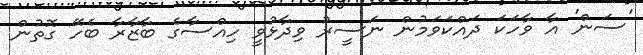
'ސަން' އާ ވާހަކަ ދައްކަވަމުން ނަސީރު ވިދާޅުވީ ހިއްސާގެ ބާޒާރާ ބެހޭ ގޮތުން